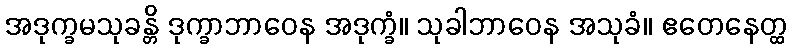
အဒုက္ခမသုခန္တိ ဒုက္ခာဘာဝေန အဒုက္ခံ။ သုခါဘာဝေန အသုခံ။ ဧတေနေတ္ထ